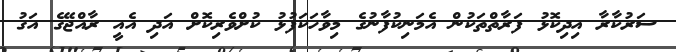
ސަރުކާރާ އިދިކޮޅު ފަރާތްތަކުން އެމަނިކުފާނުގެ މިވާހަކަފުޅު ކުށްވެރިކޮށް އަދި އެއީ ރާއްޖޭގެ އަގު